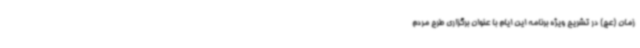
زمان (عج) در تشریح ویژه برنامه این ایام با عنوان برگزاری طرح مردم